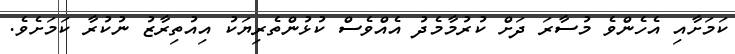
ކަމަށާއި އެހެންވެ މުސާރަ ދަށް ކުރުމާމެދު އެއްވެސް ކުޅުންތެރިޔަކު އިއުތިރާޒު ނުކުރާ ކަމަށެވެ.